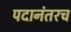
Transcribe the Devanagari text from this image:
पदानंतरच